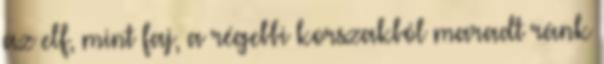
az elf, mint faj, a régebbi korszakból maradt ránk